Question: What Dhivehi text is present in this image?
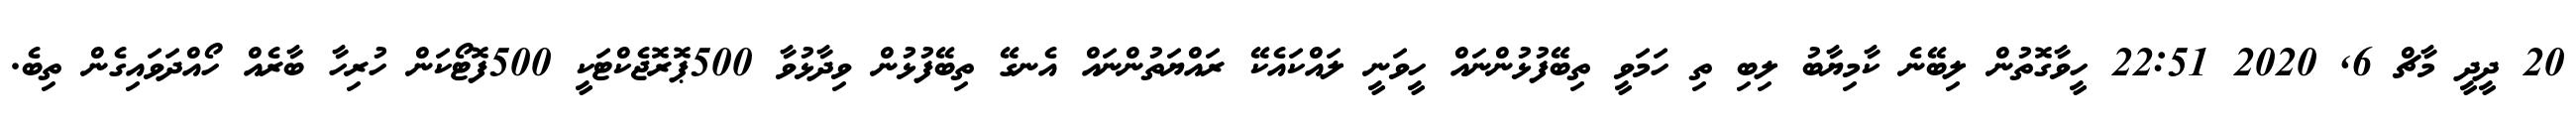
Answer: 20 ދީދީ މާޗް 6, 2020 22:51 ހީވާގޮތުން ލިބޭނެ ކާމިޔާބު ލިބި ތި ހަމަވީ ތިބޭފުޅުންނައް ހީވަނީ ލައްކައެކޭ ރައްޔަތުންނައް އެނގޭ ތިބޭފުޅުން ވިދާޅުވާ 500ޕޮރޮޖެކްޓަކީ 500ފޮޓޯކަން ހުރިހާ ބާރެއް ހޯއްދަވައިގެން ތިބެ.